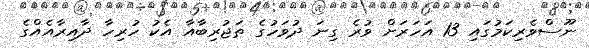
ނޫސްވެރިކަމުގައި 13 އަހަރަށް ވުރެ ގިނަ ދުވަހުގެ ތަޖުރިބާއާ އެކު ހުރިހާ ދާއިރާއެއްގެ